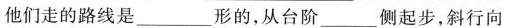
他们走的路线是___ 形的，从台阶___侧起步，斜行向